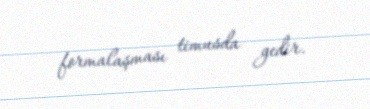
formalaşması timusda gedir.